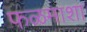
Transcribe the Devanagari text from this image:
फळमाशा